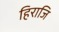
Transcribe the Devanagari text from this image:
हिराजि